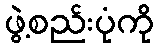
ဖွဲ့စည်းပုံကို